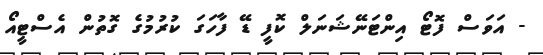
- އަވަސް ފޮޓޯ އިންޓަނޭޝަނަލް ކޮފީ ޑޭ ފާހަގަ ކުރުމުގެ ގޮތުން އެސްޓީއޯ